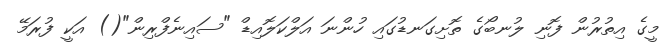
މީގެ އިތުރުން ފޮނި ލުނބޯގެ ތޮށިގަނޑުގައި ހުންނަ އަލްކަލޮއިޑް "ސައިނެފްރިން"() އަކީ ފުރަމޭ